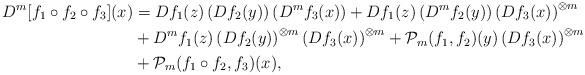
LaTeX: \begin{align*}D^m[f_1 \circ f_2 \circ f_3](x) &= Df_1(z) \left( Df_2(y) \right) \left( D^mf_3(x) \right) + Df_1(z)\left( D^mf_2(y) \right) \left( Df_3(x) \right)^{\otimes m} \\&+ D^m f_1(z) \left( Df_2(y) \right)^{\otimes m} \left( Df_3(x) \right)^{\otimes m} + \mathcal{P}_m(f_1,f_2)(y)\left(Df_3(x) \right)^{\otimes m} \\& + \mathcal{P}_m(f_1 \circ f_2, f_3)(x),\end{align*}